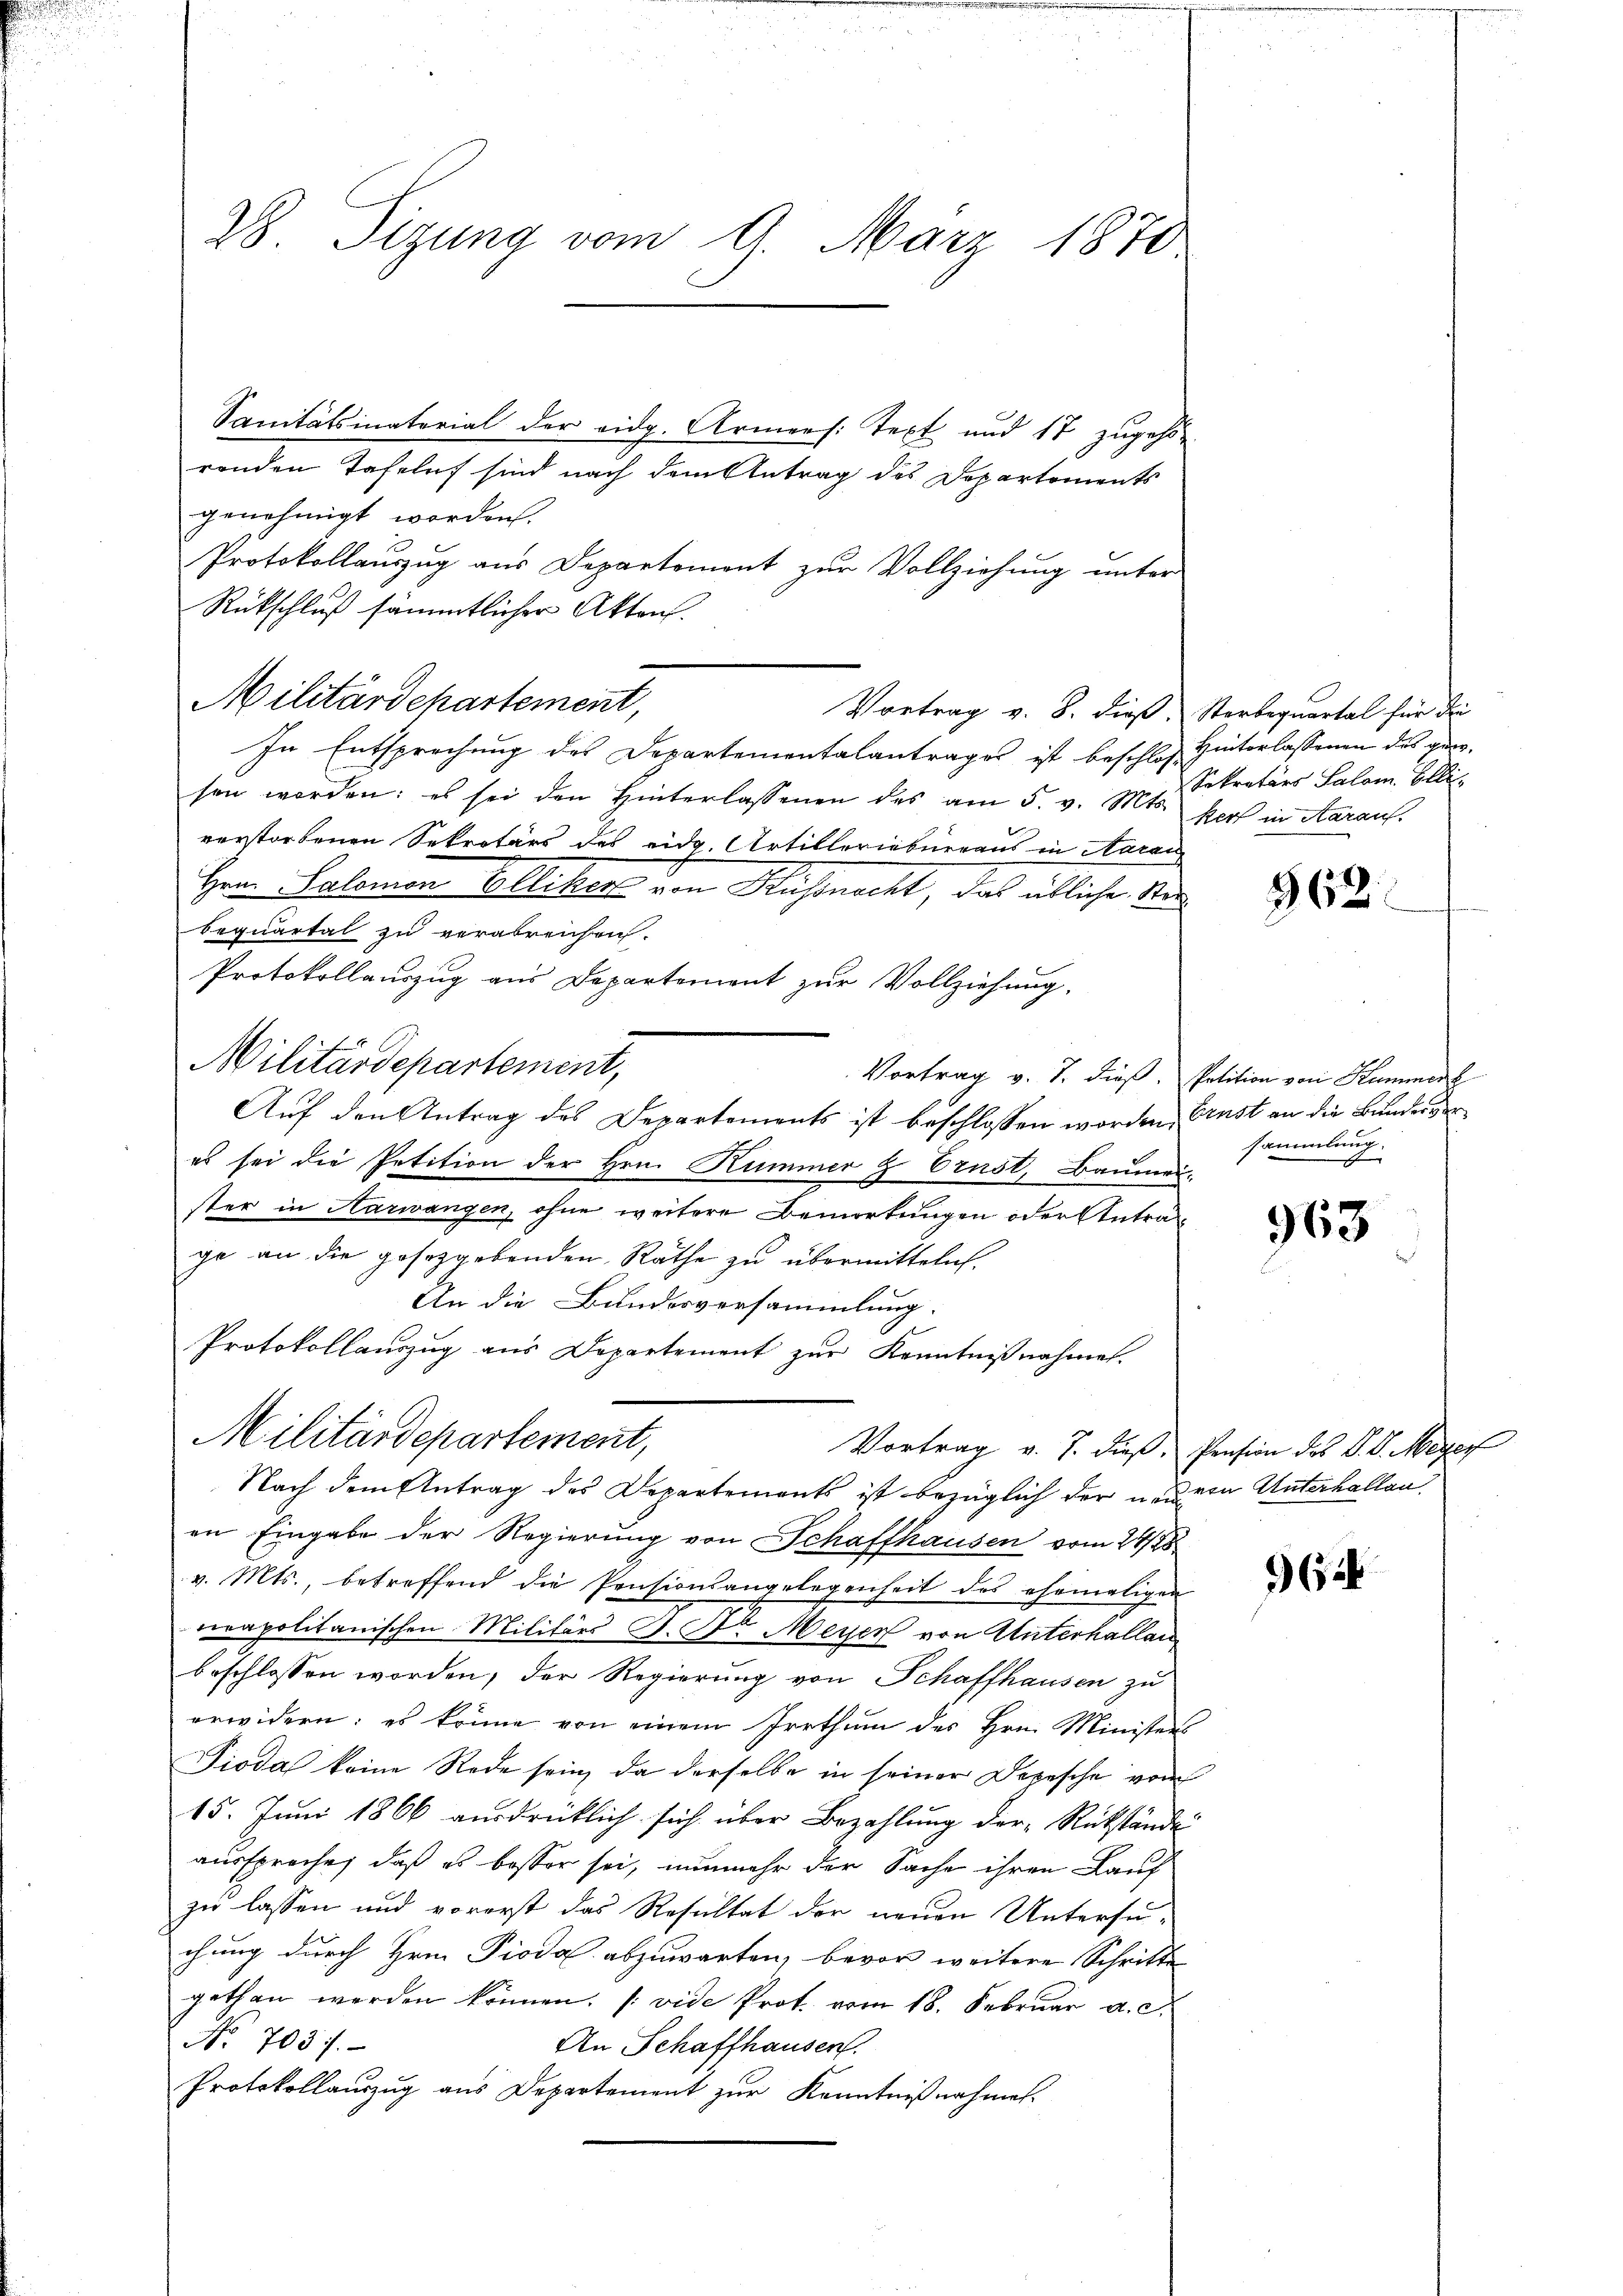
28. digung vom 9. März 1870

Sanitätsinatorial der eidg. Armens: Text und 17 zugehör
renden Tafelet sind nach dem Antrag des Departements
genehmigt worden.
Protokollauszug aus Departemont zur Vollziehung unter
Rückschluß sämmtlicher Akten.
Vortrag v. 8. dieß, Sterbequartal für die
In Entsprechung des Departementalantrages ist beschloß Hinterlassenen des ganz-
sen worden; es sei den Hinterlassenen des am 5. v. Mts. pers in Aarauf.
verstorbenen Sekretärs des eidg. Artilleriebneraus in Aarau
Hrrn Salomon Elliker von Russnacht, das übliche Kin
bequartal zu verabrenhaf-
Protokollauszug aus Departement zur Vollziehung,
Militärdepartement,
Auf den Antrag des Departements ist beschlossen worden, Ernst an die Bundesver
es sei die Petition der Hrn. Kummer & Ernst, Baumeister in Aarwangen, ohne weitere Bemerkungen oder Antrage an die gesetzgebenden Rathe zu übermitteln.
An die Bundesversammlung.
Protokollauszug aus Departement zur Kenntnißnahme.
Militärdepartement,
Vortrag v. 7. dieß Pension des V. P. Meyer
Nach dem Antrag des Departements ist bezüglich der neuern Unterhallen
en Eingabe der Regierung von Schaffhausen vom 24/25
v. Mts., betreffend die Pensionsangelegenheit des ehemaligen
vrapolitanischen Militärs P. Nr. Meyer von Unterhallen
beschlossen worden, der Regierung von Schaffhausen zu
erwidern: es könne von einem Irrthum des Hrn. Ministers
Pioda keine Rede sein, da derselbe in seiner Depesche vom
15. Juni 1866 ausdrücklich sich über Bezahlung der Rückständni
aussprache, daß es besser sei, nunmehr der Sache ihren Lauf
zu lassen und vorerst das Resultat der neuen Untersu-
chung durch Hrn. Pioda abzuwarten, bevor weitere Schritte
gethan werden können. (vide Prot. vom 18. Februar a. c.
No 703.
An Schaffhausen.
Protokollaŭszŭg ans Departement zŭr Kenntniβnahmen.

Militärdepartement,

Sekretärs Salom. Elli¬

362

Vortrag v. 7. dieß. Petition von Hummerl
sammlung.

963

62